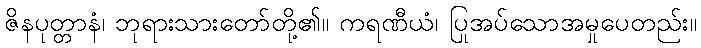
ဇိနပုတ္တာနံ၊ ဘုရားသားတော်တို့၏။ ကရဏီယံ၊ ပြုအပ်သောအမှုပေတည်း။